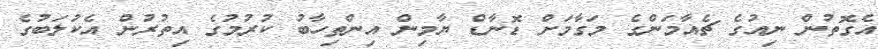
އެގޮތުން ނިއުގެ ޗެއާމަންގެ މަގާމަށް ޑޮނާޑް ޔާމިން އިންތިހާބު ކުރުމުގެ އިތުރުން އެކުލަބުގެ